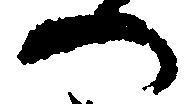
へ